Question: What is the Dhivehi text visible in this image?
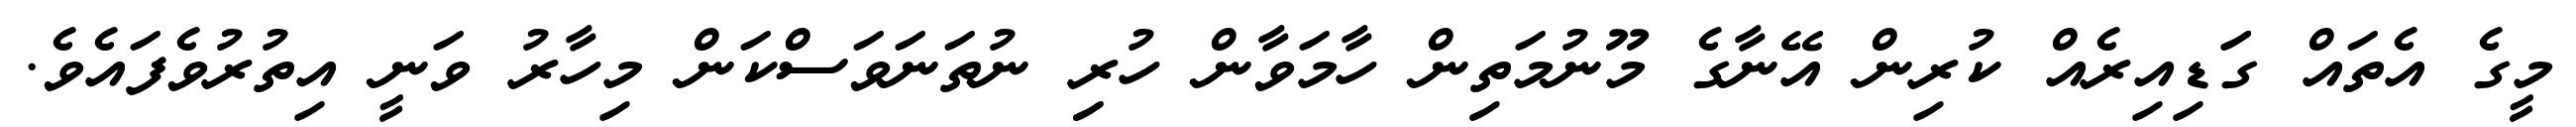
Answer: މީގެ އެތައް ގަަޑިއިރެއް ކުރިން އޭނާގެ މޫނުމަތިން ހާމަވާން ހުރިި ނުތަނަވަސްކަން މިހާރު ވަނީ އިތުރުވެފައެވެ.